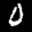
Label: 0